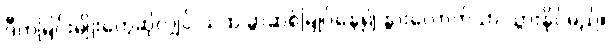
ဒီကမြင်းမျိုးတွေဆိုလျှင် သဲထဲ ခွာဆစ်မြုပ်နေ၍ နွားလောက်သာ သွားနိုင်မည်။